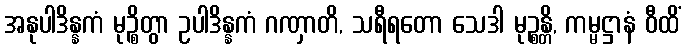
အနုပါဒိန္နကံ မုဉ္စိတွာ ဥပါဒိန္နကံ ဂဏှာတိ, သရီရတော သေဒါ မုဉ္စန္တိ, ကမ္မဋ္ဌာနံ ဝီထိံ